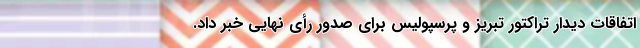
اتفاقات دیدار تراکتور تبریز و پرسپولیس برای صدور رأی نهایی خبر داد.